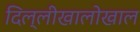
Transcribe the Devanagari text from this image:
दिल्लीखालोखाल